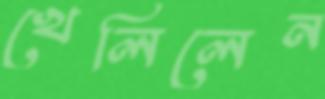
খেলিলেন